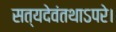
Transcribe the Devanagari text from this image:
सत्यदेवंतथाऽपरे।